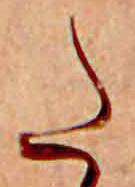
た